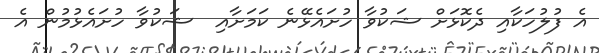
އެ ފުލުހަކާއި ދެކޮޅަށް ޝަކުވާ ހުށައެޅޭނެ ކަމަށާއި  ޝަކުވާ ހުށައެޅުމުން އެ